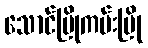
သောင်ပြိုကမ်းပြို